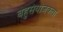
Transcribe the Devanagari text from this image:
बहुसंयोजकता